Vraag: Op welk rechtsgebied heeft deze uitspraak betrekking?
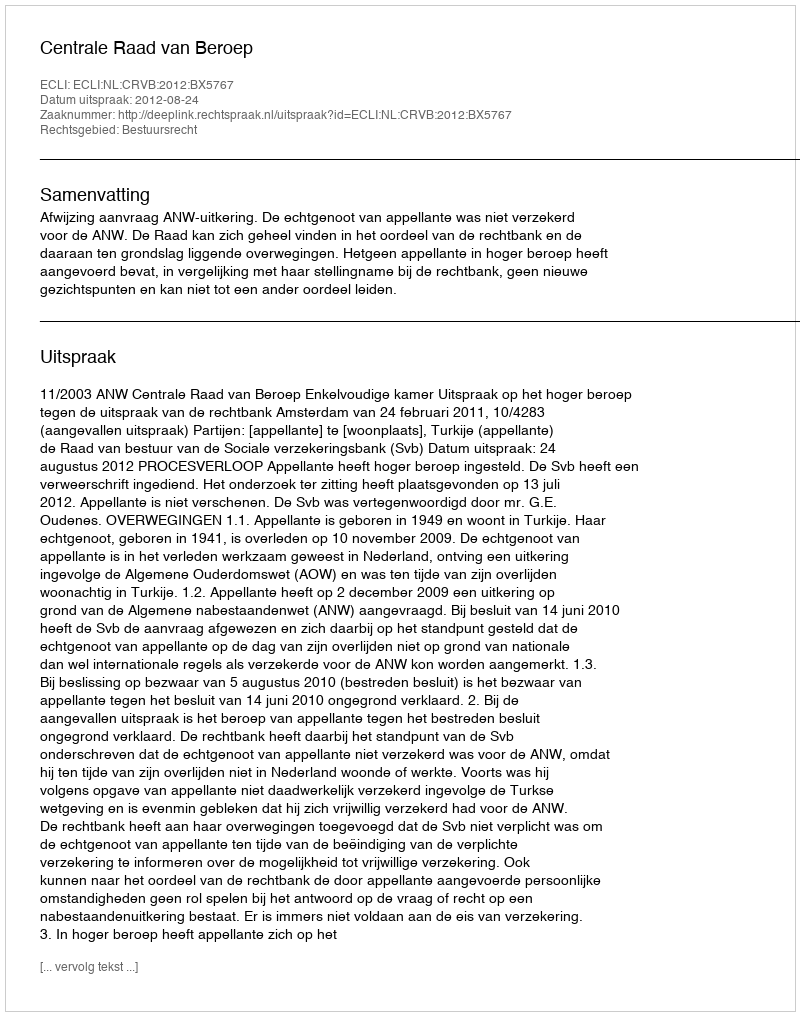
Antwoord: Bestuursrecht